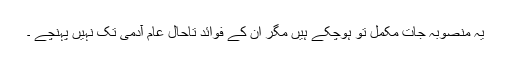
یہ منصوبہ جات مکمل تو ہوچکے ہیں مگر ان کے فوائد تاحال عام آدمی تک نہیں پہنچے ۔